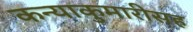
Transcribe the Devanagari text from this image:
कन्याकुमारीसह